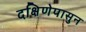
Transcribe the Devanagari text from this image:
दक्षिणेपासुन